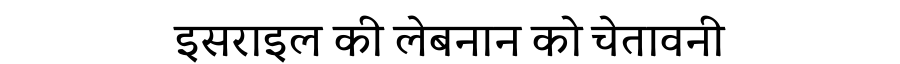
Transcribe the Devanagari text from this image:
इसराइल की लेबनान को चेतावनी